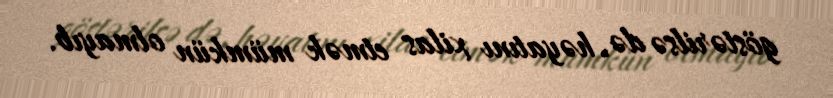
göstərilsə də, həyatını xilas etmək mümkün olmayıb.